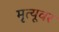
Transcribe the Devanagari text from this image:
मृत्‍यूवर